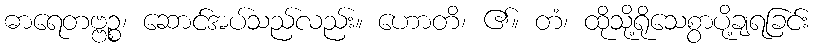
ဓာရေတဗ္ဗဉ္စ၊ ဆောင်အပ်သည်လည်း။ ဟောတိ၊ ၏။ တံ၊ ထိုသို့ရိုသေစွာပို့ချရခြင်း